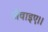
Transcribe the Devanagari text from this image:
जेंवाइए।।